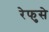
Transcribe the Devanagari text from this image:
रेफुसे